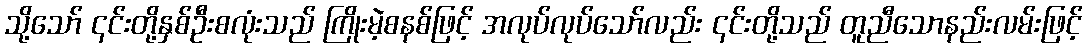
သို့သော် ၎င်းတို့နှစ်ဦးစလုံးသည် ကြိုးမဲ့စနစ်ဖြင့် အလုပ်လုပ်သော်လည်း ၎င်းတို့သည် တူညီသောနည်းလမ်းဖြင့်